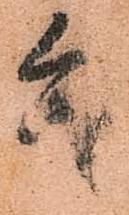
遣